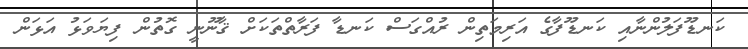
ކަނޑޫފަލުންނާއި ކަނޑޫފާގެ އަރިމަތިން ރުއްގަސް ކަނޑާ ފަރާތްތަކަށް ޤާނޫނީ ގޮތުން ފިޔަވަޅު އަޅަން